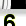
Digit: 6